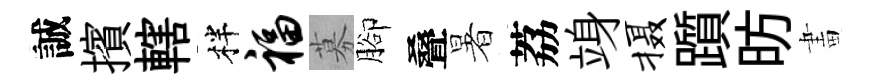
誠擯轄柈福募腳叠暑荔竧摄躓昉畫